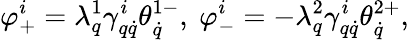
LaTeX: \varphi_{+}^{i}=\lambda_{q}^{1}\gamma_{q\dot{q}}^{i}\theta_{\dot{q}}^{1-},\ \varphi_{-}^{i}=-\lambda_{q}^{2}\gamma_{q\dot{q}}^{i}\theta_{\dot{q}}^{2+},